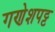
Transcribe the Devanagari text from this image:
गणेशपट्ट